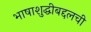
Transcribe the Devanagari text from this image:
भाषाशुद्धीबद्दलची